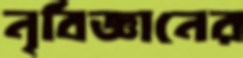
নৃবিজ্ঞানের